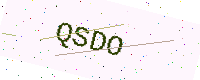
Text: QSDO